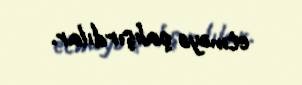
etməyə çalışırdılar.